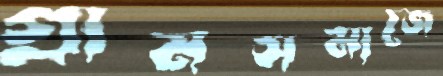
গ্রামসমাজে